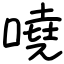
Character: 嘵